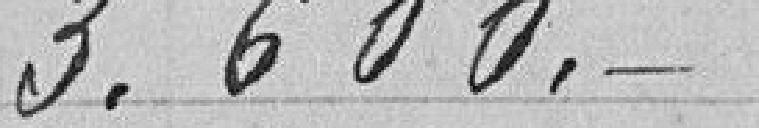
3.600.